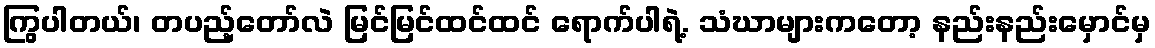
ကြွပါတယ်၊ တပည့်တော်လဲ မြင်မြင်ထင်ထင် ရောက်ပါရဲ့. သံဃာများကတော့ နည်းနည်းမှောင်မှ